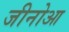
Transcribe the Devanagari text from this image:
जीनोआ